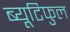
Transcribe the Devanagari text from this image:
ब्यूटिफुल